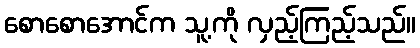
စောစောအောင်က သူ့ကို လှည့်ကြည့်သည်။